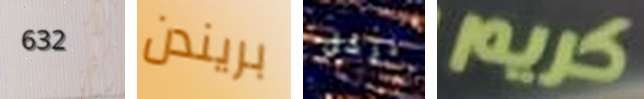
632 بريندن نرحل كريم